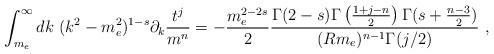
LaTeX: \begin{align*}\int_{m_e}^\infty dk\ (k^2-m_e^2)^{1-s}\partial_k\frac{t^j}{m^n}=-\frac{m_e^{2-2s}}{2}\frac{\Gamma(2-s)\Gamma\left(\frac{1+j-n}{2}\right)\Gamma(s+\frac{n-3}{2})}{(Rm_e)^{n-1}\Gamma(j/2)}\ ,\end{align*}